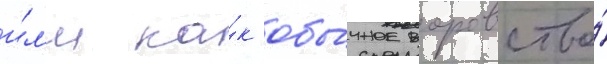
и́л'и ка́к обы́чное воровство́